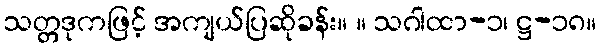
သတ္တဒုကဖြင့် အကျယ်ပြဆိုခန်း။ ။ သဂါထာ-၁၊ ဋ္ဌ-၁၈။